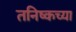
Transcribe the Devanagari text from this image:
तनिष्कच्या